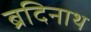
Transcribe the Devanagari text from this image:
ब्रदिनाथ